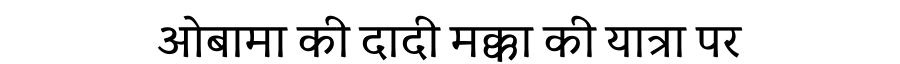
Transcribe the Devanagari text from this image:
ओबामा की दादी मक्का की यात्रा पर